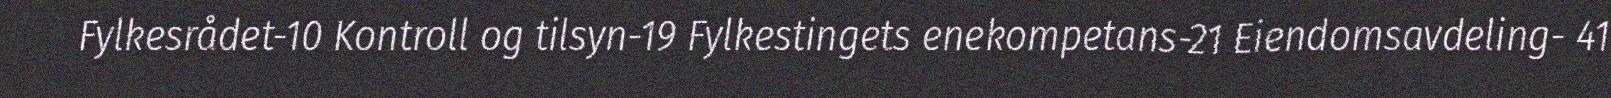
Fylkesrådet-10 Kontroll og tilsyn-19 Fylkestingets enekompetans-21 Eiendomsavdeling- 41